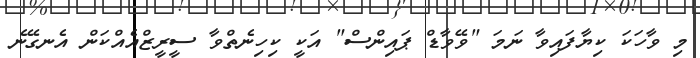
މި ވާހަކަ ކިޔާފައިވާ ނަމަ "ވޭވާޑް ޕައިންސް" އަކީ ކިހިނެތްވާ ސީރީޒްއެއްކަން އެނގޭނެ